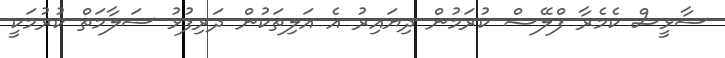
ސާޅީސް ކެމެރާ ފްލޭޝް ކުރަމުން ދިޔައިރު އެ އަލިތަކުން ދަރިފުޅު ސަލާމަތް ކުރުމަކީ